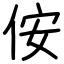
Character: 侒